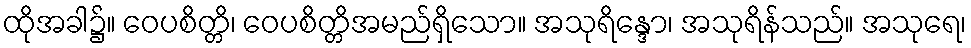
ထိုအခါ၌။ ဝေပစိတ္တိ၊ ဝေပစိတ္တိအမည်ရှိသော။ အသုရိန္ဒော၊ အသုရိန်သည်။ အသုရေ၊